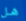
هل